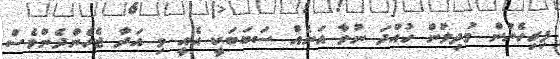
ފިރިހެނުން މުދިލުން ހުއްދަ ނުވާ އަނެއް ސަބަބަކީ އެއީ މި އަދާ ޖެހެންދެންވެސް